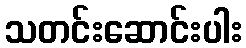
သတင်းဆောင်းပါး